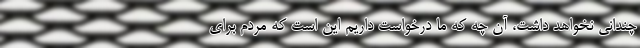
چندانی نخواهد داشت، آن چه که ما درخواست داریم این است که مردم برای